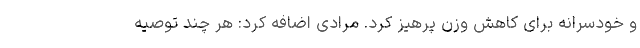
و خودسرانه برای کاهش وزن پرهیز کرد. مرادی اضافه کرد: هر چند توصیه